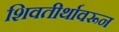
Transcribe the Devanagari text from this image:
शिवतीर्थावरून